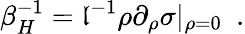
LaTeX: \beta_{H}^{-1}=\mathfrak{l}^{-1}\rho\partial_{\rho}\sigma|_{\rho=0}~~.